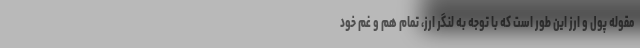
مقوله پول و ارز این طور است که با توجه به لنگر ارز، تمام هم و غم خود